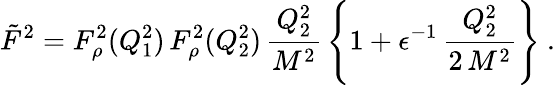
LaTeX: \tilde{F}^{2}=F_{\rho}^{2}(Q_{1}^{2})\, F_{\rho}^{2}(Q_{2}^{2})\, \frac{Q_{2}^{2}}{M^{2}}\, \left\{ 1+\epsilon^{-1}\, \frac{Q_{2}^{2}}{2\, M^{2}}\right\} \ .